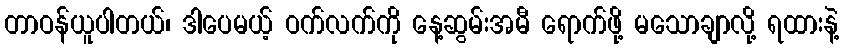
တာဝန်ယူပါတယ်၊ ဒါပေမယ့် ဝက်လက်ကို နေ့ဆွမ်းအမီ ရောက်ဖို့ မသောချာလို့ ရထားနဲ့